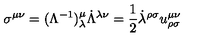
\sigma ^ { \mu \nu } = ( \Lambda ^ { - 1 } ) ^ { \mu } _ { \lambda } \dot { \Lambda } ^ { \lambda \nu } = \frac { 1 } { 2 } \dot { \lambda } ^ { \rho \sigma } u _ { \rho \sigma } ^ { \mu \nu }